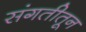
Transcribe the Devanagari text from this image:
संगतीतून